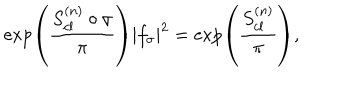
\exp \left( { \frac { S _ { c l } ^ { ( n ) } \circ \sigma } { \pi } } \right) | f _ { \sigma } | ^ { 2 } = \exp \left( { \frac { S _ { c l } ^ { ( n ) } } { \pi } } \right) ,